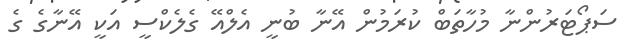
ސަޕޯޓަރުންނާ މުހާތަބް ކުރަމުން އޭނާ ބުނީ އެލްއޭ ގެލެކްސީ އަކީ އޭނާގެ ގެ